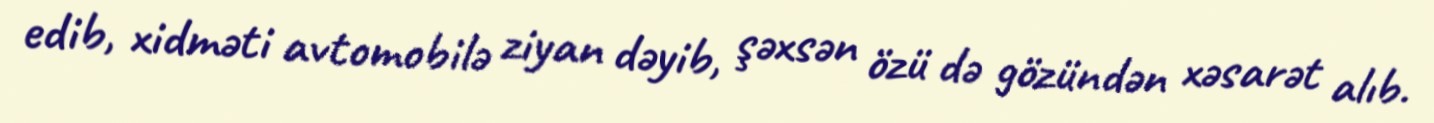
edib, xidməti avtomobilə ziyan dəyib, şəxsən özü də gözündən xəsarət alıb.